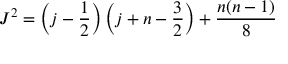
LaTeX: J ^ { 2 } = \left( j - \frac { 1 } { 2 } \right) \left( j + n - \frac { 3 } { 2 } \right) + \frac { n ( n - 1 ) } { 8 }